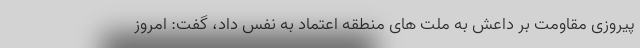
پیروزی مقاومت بر داعش به ملت های منطقه اعتماد به نفس داد، گفت: امروز